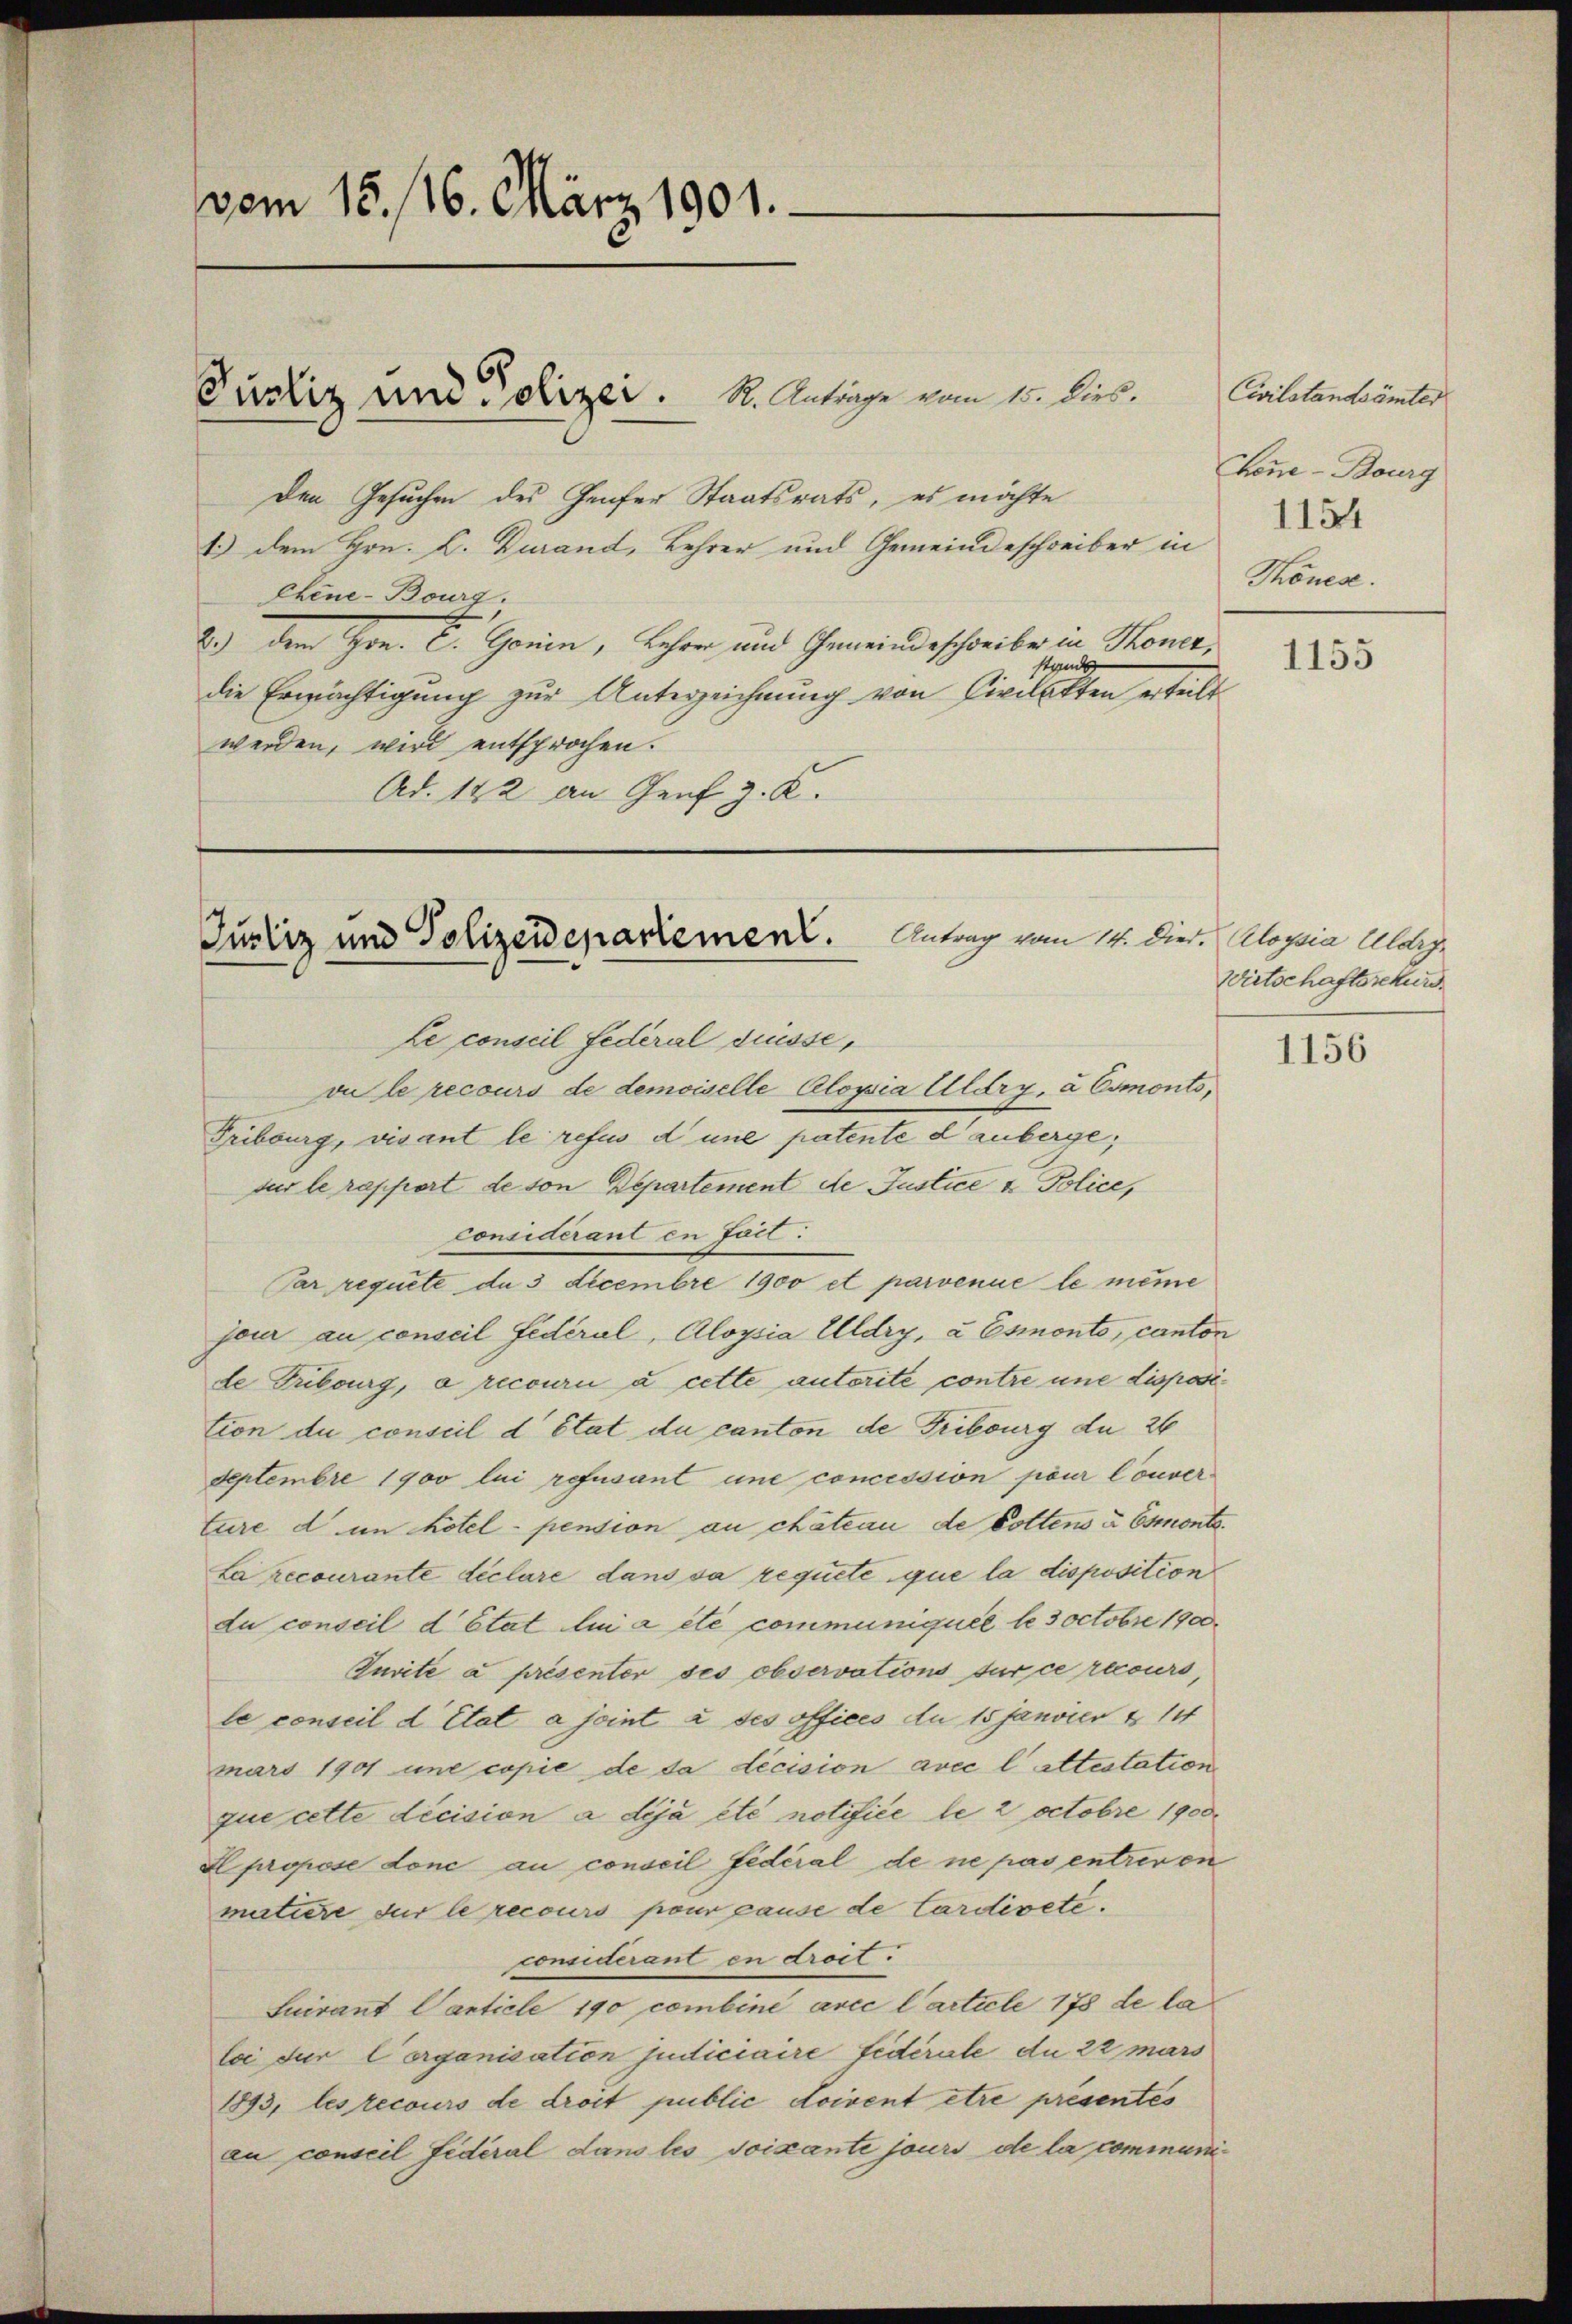
vom 15. 116. März 1901.

Den Gesuchen des Genfer Staatsrats, es möchte
1.) Dem Hrn. L. Durand, Lehrer und Gemeindeschreiber in
Chene-Bourg.
8.) Dem Hrn. E. Gonin, Lehre und Gemeindeschreibe in Tones,
stande
die Ermächtigung zur Unterzeichnung von Civilatten erteilt
werden, wird entsprochen.
Ad. 142 an Genf z. K.

Pustiz und Polizei. R. Anträge vom 15. Dies.

Le conseil Federal drüsse,
vu le recours de demoiselle Alopia Alary, à Csmonts,
Fribourg, visant le refus d’une patente danberge,
sur le rapport de son Departement de Justice u. Police,
considérant in Fact:
Par requete de 3 Decembre 1900 et parvenue le même
jour au conseil fédéral, Aloysia Uldry, à Esmonto, canton
de Fribourg, a recourii à cette autorité contre une disposition du conseil d’Etat du canton de Fribourg du 26
Septembre 1900 lui refusant une concession pour Couverture d in hotel- pension au chateau de Dottens & Esmonte¬
La recourante déclare dans sa requité que la disposition
du conseil d’Etat lui a été communiquel le 3 octobre 190
Puvite à présenter ses observations sur ce recours,
le conseil d’Etat a joint à ses offices du 15 Janvier & 14
mars 1901 und copie de da decision avec l’ attestation
que cette décision a déjà été notifice le 2 octobre 1900
Il proisse done au conseil fédéral de ne pas entreron
mutiere sur le recours pour pause de Cardiveté.
considerant en droit.
Suirant Carticle 190 combine avec l’article 178 de la
loi fur Cerganisation judiciaire fidérale du 22 mars
1893, les recours de droit public doivent être présentes
au conseil fédéral dans les soixante jours de la communi¬

Antrag vom 14. Died. Aloysia Uldry
Justiz und Polizeidepartement.

Civilstandsämter
Zeue-Bourg
1154
Konese.

1155

Wirtschaftssekurs

1156